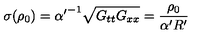
\sigma ( \rho _ { 0 } ) = { \alpha ^ { \prime } } ^ { - 1 } \sqrt { G _ { t t } G _ { x x } } = \frac { \rho _ { 0 } } { \alpha ^ { \prime } R ^ { \prime } }